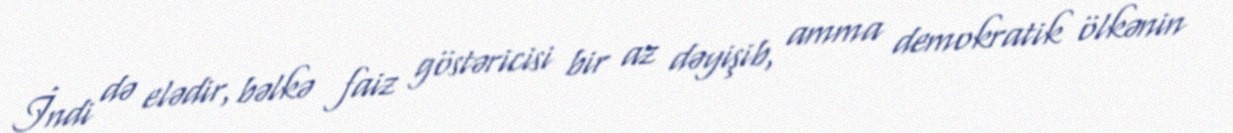
İndi də elədir, bəlkə faiz göstəricisi bir az dəyişib, amma demokratik ölkənin